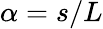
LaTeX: \alpha=s/L